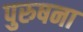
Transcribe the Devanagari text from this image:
पुरुषना